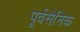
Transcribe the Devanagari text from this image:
पूर्वसैनिक